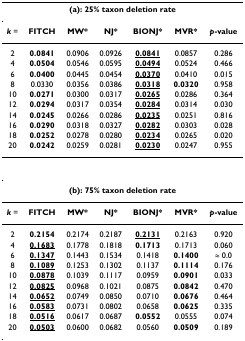
<table><thead><tr><td colspan="7"><b>(a): 25% taxon deletion rate</b></td></tr></thead><tbody><tr><td><b><i>k </i></b>=</td><td><b>FITCH</b></td><td><b>MW*</b></td><td><b>NJ*</b></td><td><b>BIONJ*</b></td><td><b>MVR*</b></td><td><b><i>p</i>-value</b></td></tr><tr><td>2</td><td><b>0.0841</b></td><td>0.0906</td><td>0.0926</td><td><b><underline>0.0841</underline></b></td><td>0.0857</td><td>0.286</td></tr><tr><td>4</td><td><b>0.0504</b></td><td>0.0546</td><td>0.0595</td><td><b><underline>0.0494</underline></b></td><td>0.0524</td><td>0.466</td></tr><tr><td>6</td><td><b>0.0400</b></td><td>0.0445</td><td>0.0454</td><td><b><underline>0.0370</underline></b></td><td>0.0410</td><td>0.015</td></tr><tr><td>8</td><td>0.0330</td><td>0.0356</td><td>0.0386</td><td><b><underline>0.0318</underline></b></td><td><b>0.0320</b></td><td>0.958</td></tr><tr><td>10</td><td><b>0.0271</b></td><td>0.0300</td><td>0.0317</td><td><b><underline>0.0265</underline></b></td><td>0.0286</td><td>0.364</td></tr><tr><td>12</td><td><b>0.0294</b></td><td>0.0317</td><td>0.0354</td><td><b><underline>0.0284</underline></b></td><td>0.0314</td><td>0.030</td></tr><tr><td>14</td><td><b>0.0245</b></td><td>0.0266</td><td>0.0286</td><td><b><underline>0.0235</underline></b></td><td>0.0251</td><td>0.816</td></tr><tr><td>16</td><td><b>0.0290</b></td><td>0.0318</td><td>0.0327</td><td><b><underline>0.0282</underline></b></td><td>0.0303</td><td>0.028</td></tr><tr><td>18</td><td><b>0.0252</b></td><td>0.0278</td><td>0.0280</td><td><b><underline>0.0234</underline></b></td><td>0.0265</td><td>0.020</td></tr><tr><td>20</td><td><b>0.0242</b></td><td>0.0259</td><td>0.0281</td><td><b><underline>0.0230</underline></b></td><td>0.0247</td><td>0.955</td></tr><tr><td colspan="7"><b>(b): 75% taxon deletion rate</b></td></tr><tr><td><b><i>k </i></b>=</td><td><b>FITCH</b></td><td><b>MW*</b></td><td><b>NJ*</b></td><td><b>BIONJ*</b></td><td><b>MVR*</b></td><td><b><i>p</i>-value</b></td></tr><tr><td>2</td><td><b>0.2154</b></td><td>0.2174</td><td>0.2187</td><td><b><underline>0.2131</underline></b></td><td>0.2163</td><td>0.920</td></tr><tr><td>4</td><td><b><underline>0.1683</underline></b></td><td>0.1778</td><td>0.1818</td><td><b>0.1713</b></td><td>0.1713</td><td>0.060</td></tr><tr><td>6</td><td><b><underline>0.1347</underline></b></td><td>0.1443</td><td>0.1534</td><td>0.1418</td><td><b>0.1400</b></td><td>≈ 0.0</td></tr><tr><td>8</td><td><b><underline>0.1089</underline></b></td><td>0.1253</td><td>0.1302</td><td>0.1137</td><td><b>0.1114</b></td><td>0.176</td></tr><tr><td>10</td><td><b><underline>0.0878</underline></b></td><td>0.1039</td><td>0.1117</td><td>0.0959</td><td><b>0.0901</b></td><td>0.033</td></tr><tr><td>12</td><td><b><underline>0.0825</underline></b></td><td>0.0968</td><td>0.1021</td><td>0.0875</td><td><b>0.0842</b></td><td>0.470</td></tr><tr><td>14</td><td><b><underline>0.0652</underline></b></td><td>0.0749</td><td>0.0850</td><td>0.0710</td><td><b>0.0676</b></td><td>0.464</td></tr><tr><td>16</td><td><b><underline>0.0583</underline></b></td><td>0.0731</td><td>0.0802</td><td>0.0658</td><td><b>0.0625</b></td><td>0.335</td></tr><tr><td>18</td><td><b><underline>0.0516</underline></b></td><td>0.0617</td><td>0.0687</td><td><b>0.0552</b></td><td>0.0555</td><td>0.074</td></tr><tr><td>20</td><td><b><underline>0.0503</underline></b></td><td>0.0600</td><td>0.0682</td><td>0.0560</td><td><b>0.0509</b></td><td>0.189</td></tr></tbody></table>